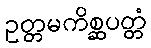
ဥတ္တမကိစ္ဆပတ္တံ